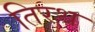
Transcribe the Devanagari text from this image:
तिरथ